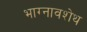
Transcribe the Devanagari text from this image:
भाग्नावशेथ